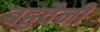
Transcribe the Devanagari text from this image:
बहुवैनी